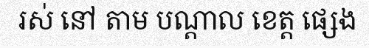
រស់ នៅ តាម បណ្តាល ខេត្ត ផ្សេង